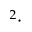
^ 2 \cdot